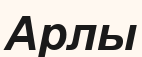
Арлы